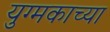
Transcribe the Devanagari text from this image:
युग्मकाच्या